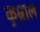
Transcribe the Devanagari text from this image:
कुम्राल